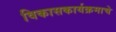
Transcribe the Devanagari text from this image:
विकासकार्यक्रमाचे